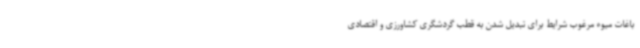
باغات میوه مرغوب شرایط برای تبدیل شدن به قطب گردشگری کشاورزی و اقتصادی